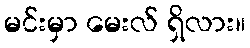
မင်းမှာ မေးလ် ရှိလား။